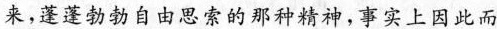
来，蓬蓬勃勃自由思索的那种精神，事实上因此而